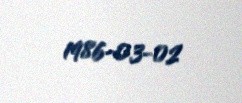
1986-03-02